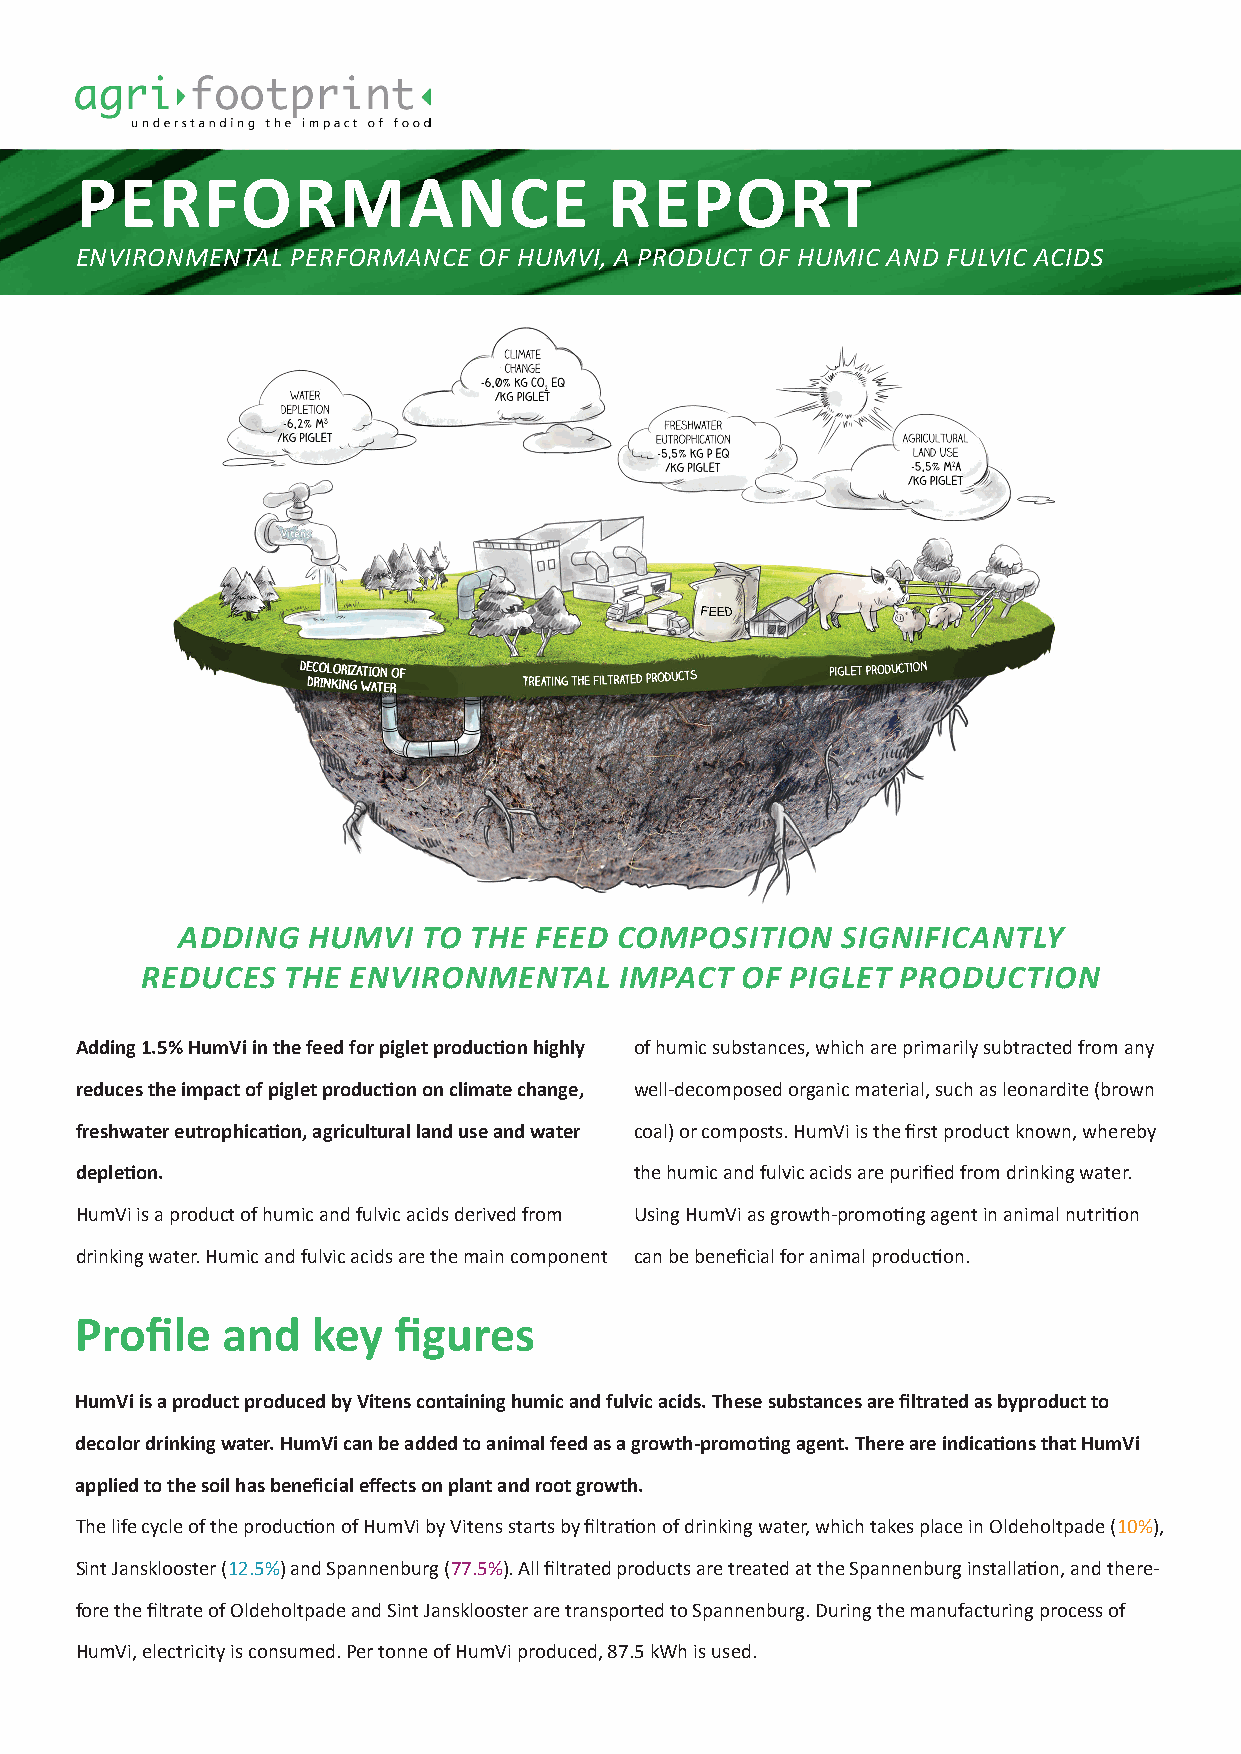
PERFORMANCE                        REPORT
 ENVIRONMENTAL PERFORMANCE  OF HUMVI, A PRODUCT OF HUMIC AND FULVIC ACIDS
 ADDING  HUMVI   TO THE FEED  COMPOSITION    SIGNIFICANTLY
 REDUCES   THE ENVIRONMENTAL     IMPACT  OF PIGLET  PRODUCTION
 Adding 1.5% HumVi in the feed for piglet production highly of humic substances, which are primarily subtracted from any
 reduces the impact of piglet production on climate change, well-decomposed organic material, such as leonardite (brown
 freshwater eutrophication, agricultural land use and water coal) or composts. HumVi is the first product known, whereby
 depletion.                           the humic and fulvic acids are purified from drinking water.
 HumVi is a product of humic and fulvic acids derived from Using HumVi as growth-promoting agent in animal nutrition
 drinking water. Humic and fulvic acids are the main component can be beneficial for animal production.
 Profile   and   key  figures
 HumVi is a product produced by Vitens containing humic and fulvic acids. These substances are filtrated as byproduct to
 decolor drinking water. HumVi can be added to animal feed as a growth-promoting agent. There are indications that HumVi
 applied to the soil has beneficial effects on plant and root growth.
 The life cycle of the production of HumVi by Vitens starts by filtration of drinking water, which takes place in Oldeholtpade (10%),
 Sint Jansklooster (12.5%) and Spannenburg (77.5%). All filtrated products are treated at the Spannenburg installation, and there-
 fore the filtrate of Oldeholtpade and Sint Jansklooster are transported to Spannenburg. During the manufacturing process of
 HumVi, electricity is consumed. Per tonne of HumVi produced, 87.5 kWh is used.